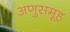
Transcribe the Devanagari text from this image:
अणुसमूह